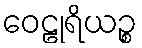
ဝေဠုရိယဉ္စ